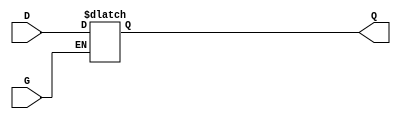
module GatedTransparentLatch (
    input wire D,      // Data input
    input wire G,      // Enable signal
    output reg Q       // Output
);

    always @(*) begin
        if (G) begin
            Q = D;     // Transparent mode: output follows input
        end else begin
            Q = Q;     // Hold mode: output retains last value
        end
    end

endmodule